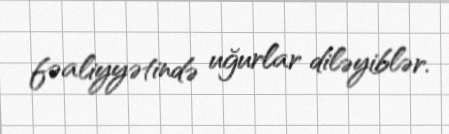
fəaliyyətində uğurlar diləyiblər.